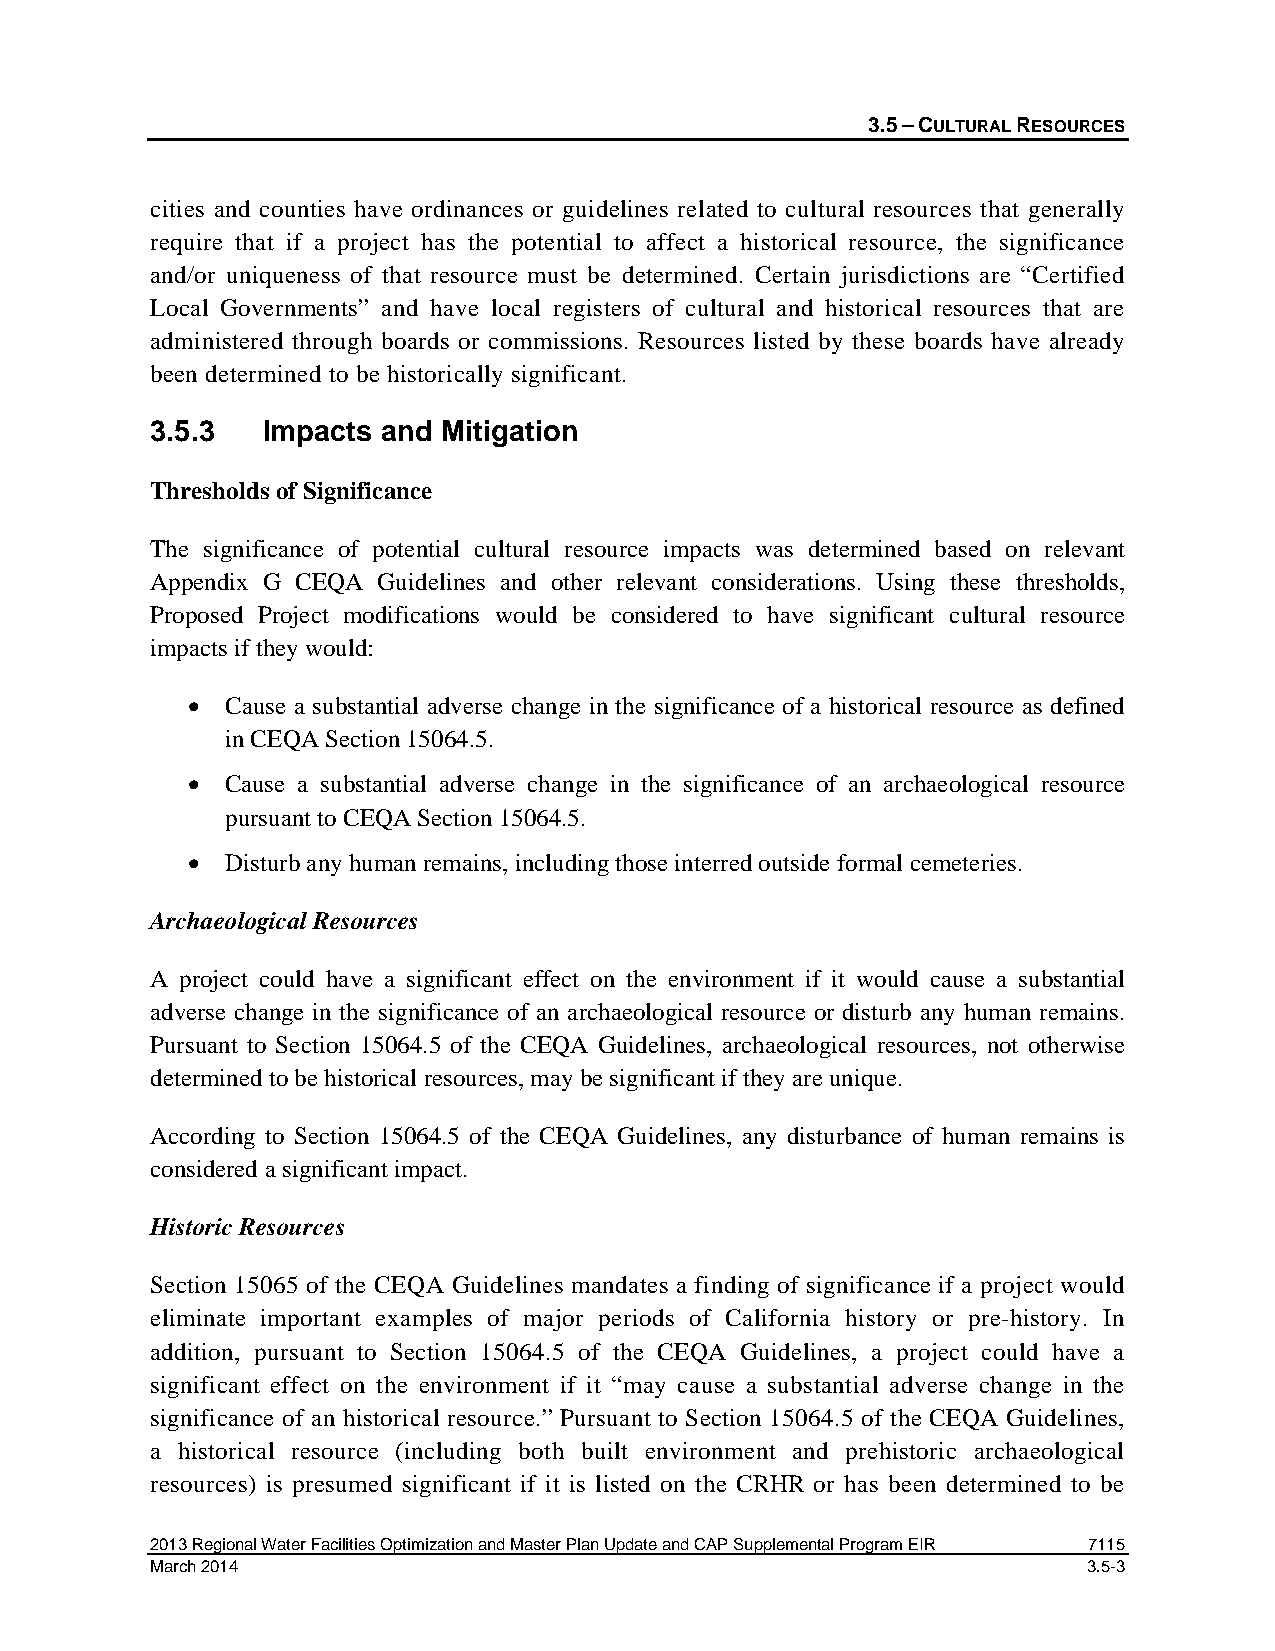
3.5 – CULTURAL RESOURCES
 cities and counties have ordinances or guidelines related to cultural resources that generally
 require that if a project has the potential to affect a historical resource, the significance
 and/or uniqueness of that resource must be determined. Certain jurisdictions are “Certified
 Local Governments” and have local registers of cultural and historical resources that are
 administered through boards or commissions. Resources listed by these boards have already
 been determined to be historically significant.
 3.5.3  Impacts and Mitigation
 Thresholds of Significance
 The significance of potential cultural resource impacts was determined based on relevant
 Appendix G CEQA Guidelines and other relevant considerations. Using these thresholds,
 Proposed Project modifications would be considered to have significant cultural resource
 impacts if they would:
 •  Cause a substantial adverse change in the significance of a historical resource as defined
 in CEQA Section 15064.5.
 •  Cause a substantial adverse change in the significance of an archaeological resource
 pursuant to CEQA Section 15064.5.
 •  Disturb any human remains, including those interred outside formal cemeteries.
 Archaeological Resources
 A project could have a significant effect on the environment if it would cause a substantial
 adverse change in the significance of an archaeological resource or disturb any human remains.
 Pursuant to Section 15064.5 of the CEQA Guidelines, archaeological resources, not otherwise
 determined to be historical resources, may be significant if they are unique.
 According to Section 15064.5 of the CEQA Guidelines, any disturbance of human remains is
 considered a significant impact.
 Historic Resources
 Section 15065 of the CEQA Guidelines mandates a finding of significance if a project would
 eliminate important examples of major periods of California history or pre-history. In
 addition, pursuant to Section 15064.5 of the CEQA Guidelines, a project could have a
 significant effect on the environment if it “may cause a substantial adverse change in the
 significance of an historical resource.” Pursuant to Section 15064.5 of the CEQA Guidelines,
 a historical resource (including both built environment and prehistoric archaeological
 resources) is presumed significant if it is listed on the CRHR or has been determined to be
 2013 Regional Water Facilities Optimization and Master Plan Update and CAP Supplemental Program EIR 7115
 March 2014                                                    3.5-3